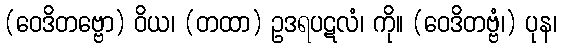
(ဝေဒိတဗ္ဗော) ဝိယ၊ (တထာ) ဥဒရပဋလံ၊ ကို။ (ဝေဒိတဗ္ဗံ၊) ပုန၊